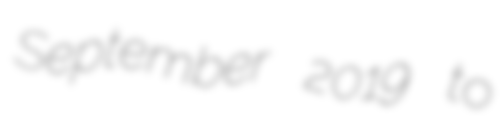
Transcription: September 2019 to